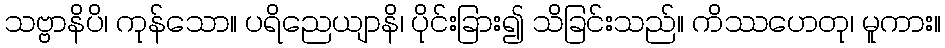
သဗ္ဗာနိပိ၊ ကုန်သော။ ပရိညေယျာနိ၊ ပိုင်းခြား၍ သိခြင်းသည်။ ကိဿဟေတု၊ မူကား။